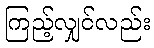
ကြည့်လျှင်လည်း